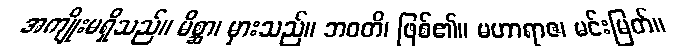
အကျိုးမရှိသည်။ မိစ္ဆာ၊ မှားသည်။ ဘဝတိ၊ ဖြစ်၏။ မဟာရာဇ၊ မင်းမြတ်။